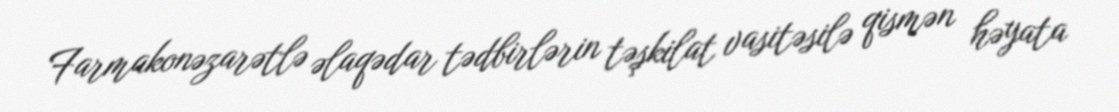
Farmakonəzarətlə əlaqədar tədbirlərin təşkilat vasitəsilə qismən həyata